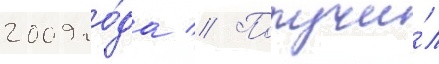
2009 го́да // Получи́л